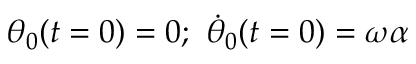
\theta _ { 0 } ( t = 0 ) = 0 ; \ \dot { \theta } _ { 0 } ( t = 0 ) = \omega \alpha